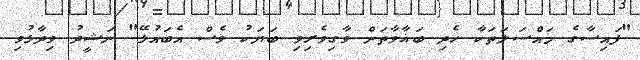
"ފައިސާގެ މައްސަލަތަކާ ހެދި ބަޣާވާތަށް ވާގިވެރިވި ބަޔަކު ވެސް އެބައުޅޭ" ނަޝީދު ވިދާޅުވި